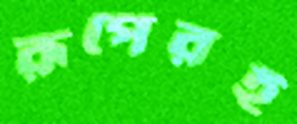
রূপেরই